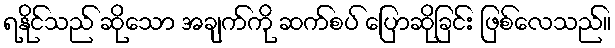
ရနိုင်သည် ဆိုသော အချက်ကို ဆက်စပ် ပြောဆိုခြင်း ဖြစ်လေသည်။